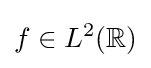
f\in L^{2}(\mathbb {R} )